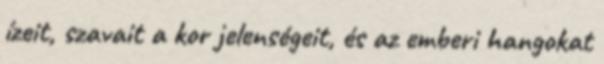
ízeit, szavait a kor jelenségeit, és az emberi hangokat